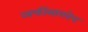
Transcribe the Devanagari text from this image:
व्यक्तींसारखेच